Problem: 6 × 4 = ?
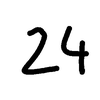
Handwritten answer: 24